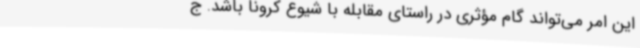
این امر می‌تواند گام مؤثری در راستای مقابله با شیوع کرونا باشد. ج